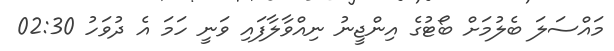
މައްސަލަ ބެލުމަށް ބޯޓުގެ އިންޖީނު ނިއްވާލާފައި ވަނީ ހަމަ އެ ދުވަހު 02:30